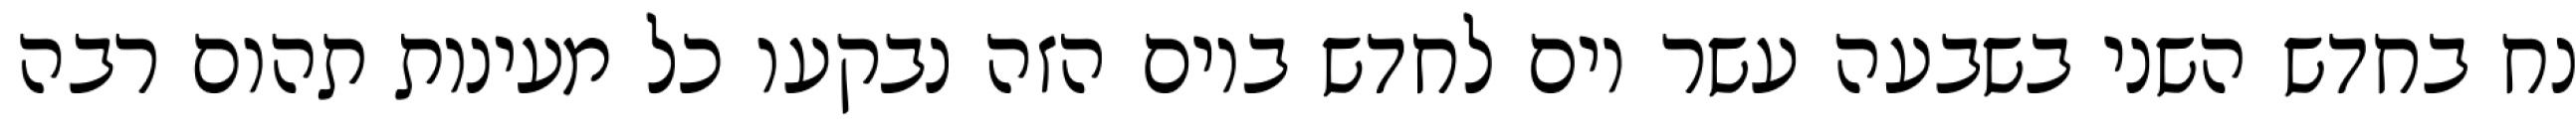
נח בחדש השני בשבעה עשר יום לחדש ביום הזה נבקעו כל מעינות תהום רבה